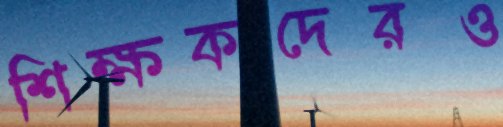
শিক্ষকদেরও